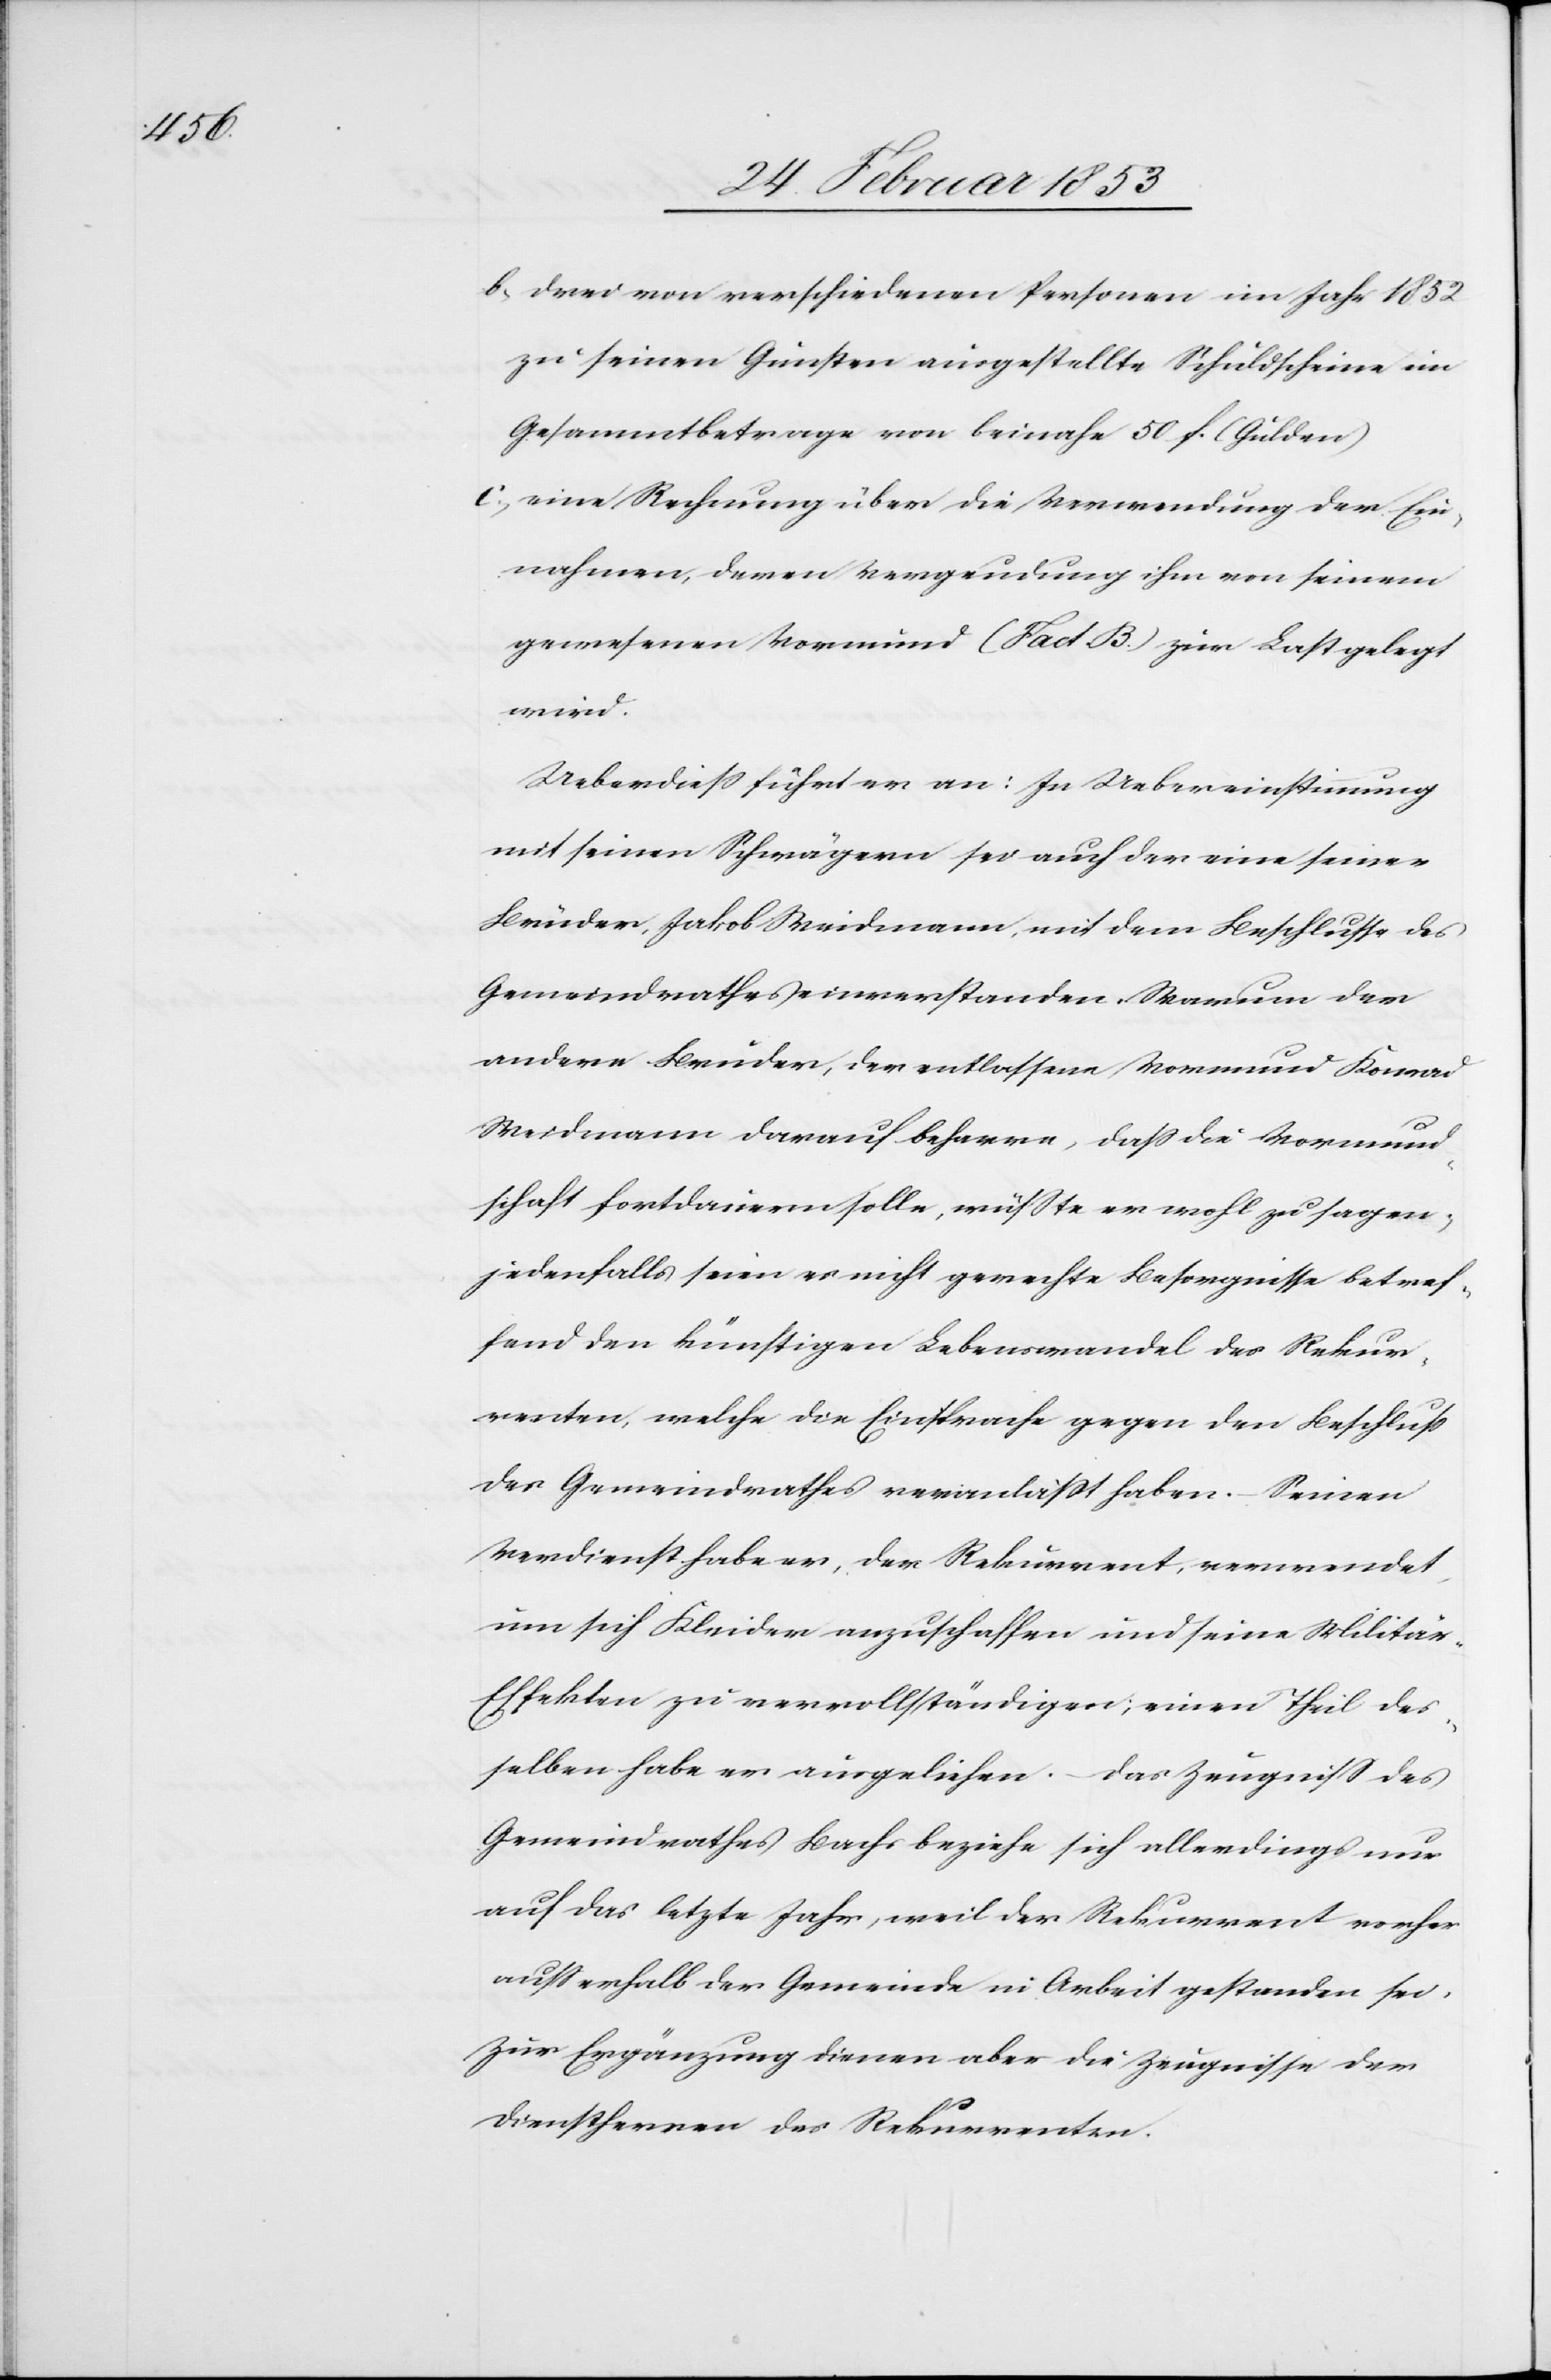
b, drei von verschiedenen Personen im Jahr 1852
zu seinen Gunsten ausgestellte Schuldscheine im
Gesammtbetrage von beinahe 50 f. (Gulden)
c, eine Rechnung über die Verwendung der Ein¬
nahmen, deren Vergeudung ihm von seinem
gewesenen Vormund (Fact B) zur Last gelegt
wird.
Ueberdieß führt er an: In Uebereinstimmung
mit seinen Schwägern sei auch der eine seiner
Brüder, Jakob Weidmann, mit dem Beschlusse des
Gemeindrathes einverstanden. Warum der
andere Bruder, der entlassene Vormund Konrad
Weidmann darauf beharre, daß die Vormund¬
schaft fortdauern solle, wüßte er wohl zu sagen,
jedenfalls seien es nicht gerecht Besorgnisse betref¬
fend den künftigen Lebenswandel des Rekur¬
renten, welche die Einsprache gegen den Beschluß
des Gemeindrathes veranlaßt haben. – Seinen
Verdienst habe er, der Rekurrent, verwendet,
um sich Kleider anzuschaffen und seine Militär-E¬
ffekten zu vervollständigen; einen Theil des¬
selben habe er ausgeliehen. Das Zeugniß des
Gemeindrathes Bachs beziehe sich allerdings nur
auf das letzte Jahr, weil der Rekurrent vorher
außerhalb der Gemeinde in Arbeit gestanden sei.
Zur Ergänzung dienen aber die Zeugnisse der
Dienstherren des Rekurrenten.